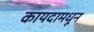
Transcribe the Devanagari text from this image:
कायदामधून